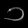
Digit: ၁